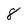
Character: 8